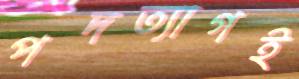
পদত্যাগই